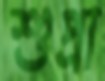
শুপ্রা